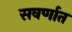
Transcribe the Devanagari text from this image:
सवर्णात